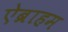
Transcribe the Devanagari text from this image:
ऐब्राहम